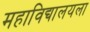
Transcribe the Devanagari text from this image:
महाविद्यालयला